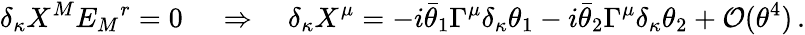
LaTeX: \delta_{\kappa}X^{M}E_{M}{}^{r}=0\, \quad\Rightarrow\quad\delta_{\kappa}X^{\mu}=-i\bar{\theta}_{1}\Gamma^{\mu}\delta_{\kappa}\theta_{1}-i\bar{\theta}_{2}\Gamma^{\mu}\delta_{\kappa}\theta_{2}+{\cal O}(\theta^{4})\, .